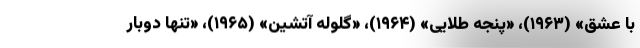
با عشق» (۱۹۶۳)، «پنجه طلایی» (۱۹۶۴)، «گلوله آتشین» (۱۹۶۵)، «تنها دوبار